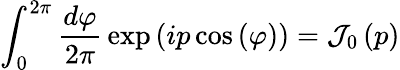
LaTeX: \int_{0}^{2\pi}{\frac{d\varphi}{2\pi}}\exp\left(ip\cos\left(\varphi\right)\right)={\mathcal{J}}_{0}\left(p\right)